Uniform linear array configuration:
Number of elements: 4
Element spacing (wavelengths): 0.25
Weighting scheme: binomial
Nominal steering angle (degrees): -30
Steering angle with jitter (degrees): -31.54
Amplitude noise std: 0.05
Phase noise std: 0.05

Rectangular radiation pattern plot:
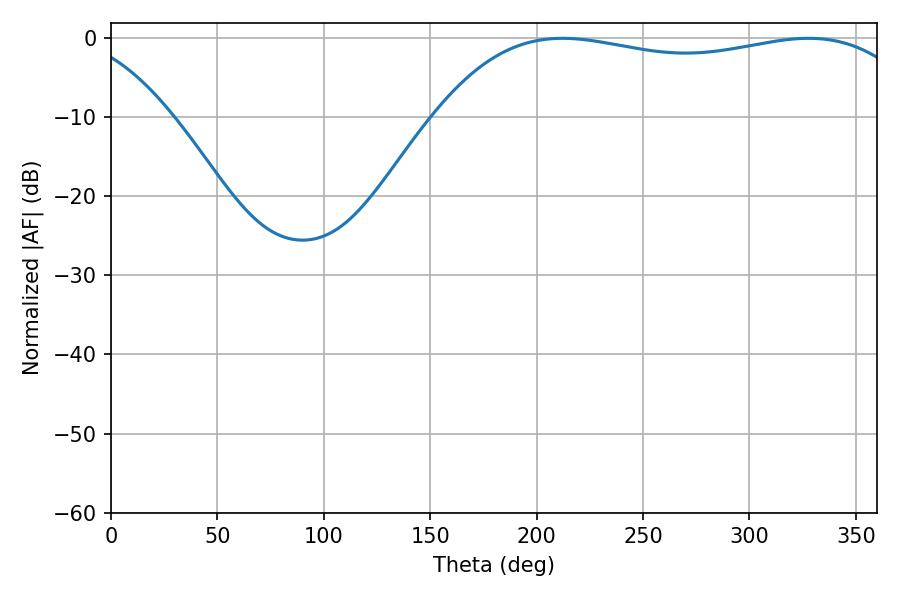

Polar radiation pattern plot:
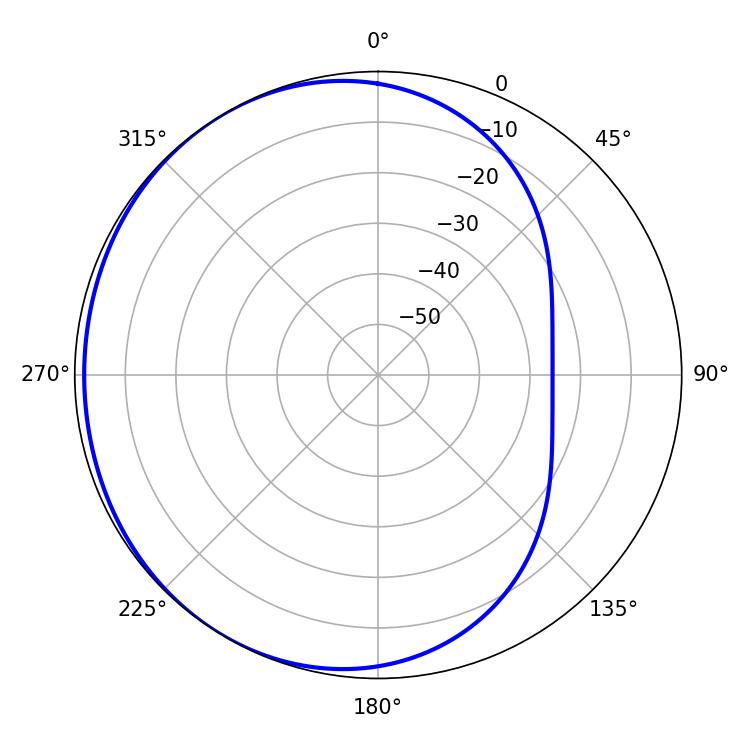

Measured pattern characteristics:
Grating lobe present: FALSE
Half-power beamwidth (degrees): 183.24
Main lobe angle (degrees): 212.22